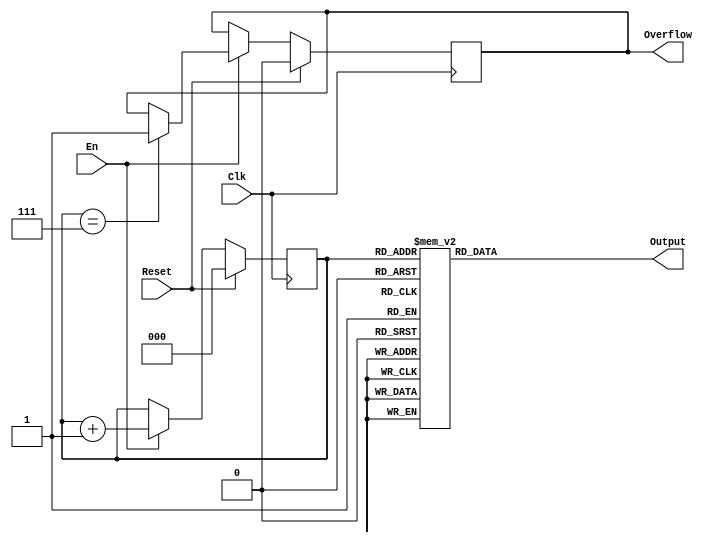
`timescale 1ns / 1ps
module gray (
    input Clk,
    input Reset,
    input En,
    output reg [2:0] Output,
    output reg Overflow
);
    reg [2:0] res;
    always @(posedge Clk) begin
        if (Reset) begin
            Overflow <= 0;
            res <= 0;
        end
        else begin
            if(En) begin
                if (res == 3'b111) begin
                    Overflow <= 1;
                    res <= res + 3'b001;
                end
                else res <= res + 3'b001;
            end
            else begin
                Overflow <= Overflow;
                res <= res;
            end
        end 
    end
    always @(*) begin
        case (res)
            3'b000: Output = 3'b000; 
            3'b001: Output = 3'b001; 
            3'b010: Output = 3'b011; 
            3'b011: Output = 3'b010; 
            3'b100: Output = 3'b110; 
            3'b101: Output = 3'b111; 
            3'b110: Output = 3'b101; 
            3'b111: Output = 3'b100;
            default: Output = 0; 
        endcase

    end
endmodule